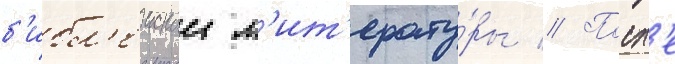
б'ибл'еискои л'ит'ерату́ры // Посл'е